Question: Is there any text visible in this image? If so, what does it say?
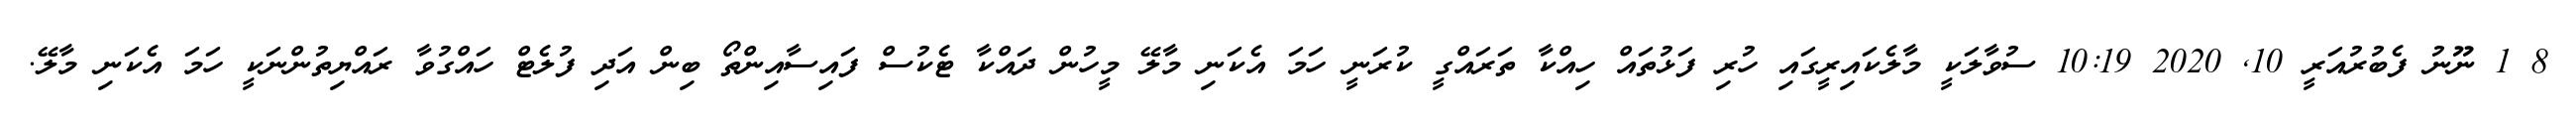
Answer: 8 1 ނޫނު ފެބުރުއަރީ 10, 2020 10:19 ސުވާލަކީ މާލެކައިރީގައި ހުރި ފަޅުތައް ހިއްކާ ތަރައްގީ ކުރަނީ ހަމަ އެކަނި މާލޭ މީހުން ދައްކާ ޓެކުސް ފައިސާއިންތޯ ބިން އަދި ފުލެޓް ހައްގުވާ ރައްޔިތުންނަކީ ހަމަ އެކަނި މާލޭ.